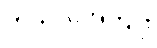
ကုသိုလ်အကျိုး